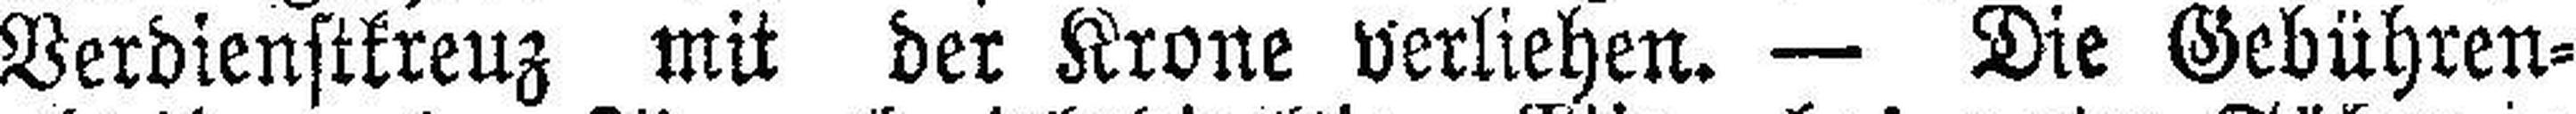
Verdienstkreuz mit der Krone verliehen. — Die Gebühren¬